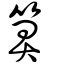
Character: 箅